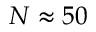
N \approx 5 0